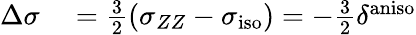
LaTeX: \begin{array}{rl}{\Delta\sigma}&{{}=\frac{3}{2}(\sigma_{ZZ}-\sigma_{\mathrm{iso}})=-\frac{3}{2}\delta^{\mathrm{aniso}}}\end{array}